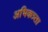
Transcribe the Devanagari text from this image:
अभिकत्र्ता